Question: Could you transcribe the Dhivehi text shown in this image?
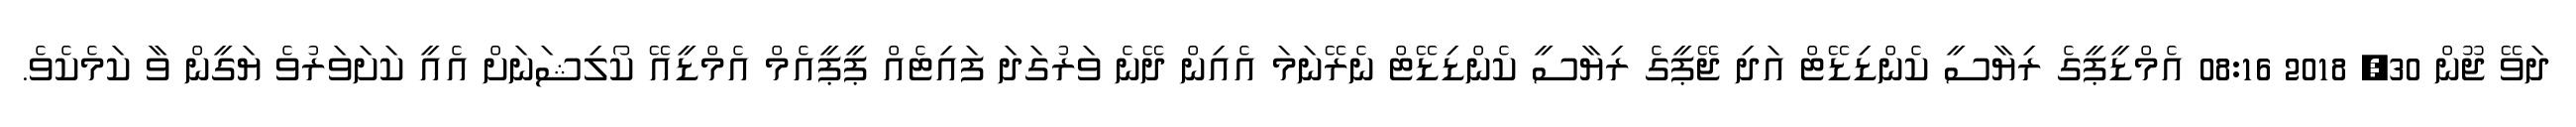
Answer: ދަވޭ ޖޫން 30, 2018 08:16 އެމްޑީޕީގެ ރިޔާސީ ކެންޑިޑޭޓް އަދި ޖޭޕީގެ ރިޔާސީ ކެންޑިޑޭޓް ނެރޭނަމަ އެއިން ދޭނެ ވަރުގަދަ ފައިޓެއް ޕީޕީއެމް އެމްޑީއޭ ކޯލިޝަނަށް އެއީ ކަށަވަރުވެ ޔަގީން ވާ ކަމެކެވެ.